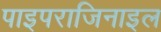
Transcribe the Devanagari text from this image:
पाइपराजिनाइल